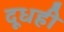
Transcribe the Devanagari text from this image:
दूधही